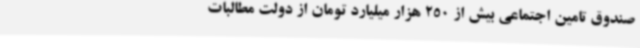
صندوق تامین اجتماعی بیش از 250 هزار میلیارد تومان از دولت مطالبات